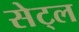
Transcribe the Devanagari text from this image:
सेट्ल